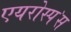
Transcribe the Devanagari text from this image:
एयरोस्प॓स